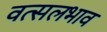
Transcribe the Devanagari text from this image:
वत्सलभाव